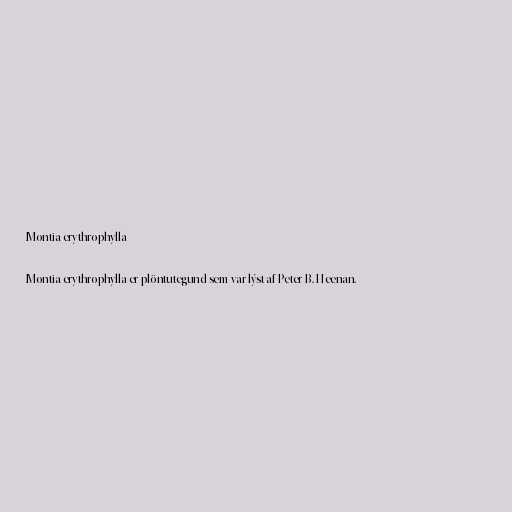
Montia erythrophylla

Montia erythrophylla er plöntutegund sem var lýst af Peter B. Heenan.